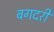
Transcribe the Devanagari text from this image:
बगदरी